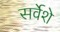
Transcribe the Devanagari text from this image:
सर्वेशे